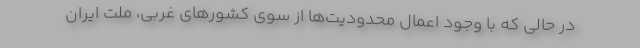
در حالی که با وجود اعمال محدودیت‌ها از سوی کشور‌های غربی، ملت ایران